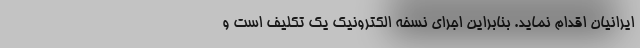
ایرانیان اقدام نماید. بنابراین اجرای نسخه الکترونیک یک تکلیف است و